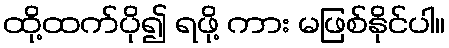
ထို့ထက်ပို၍ ရဖို့ ကား မဖြစ်နိုင်ပါ။